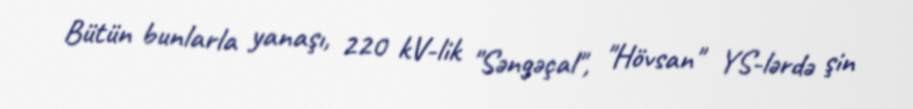
Bütün bunlarla yanaşı, 220 kV-lik "Səngəçal", "Hövsan" YS-lərdə şin